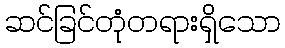
ဆင်ခြင်တုံတရားရှိသော